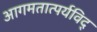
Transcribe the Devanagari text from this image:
आगमतात्पर्यविद्